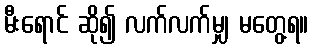
မီးရောင် ဆို၍ လက်လက်မျှ မတွေ့ရ။